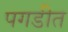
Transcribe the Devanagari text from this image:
पगडीत